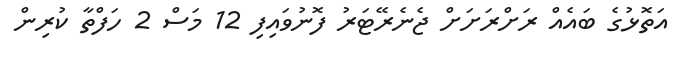
އަތޮޅުގެ ބައެއް ރަށްރަށަށް ޖެނެރޭޓަރު ފޮނުވައިފި 12 މަސް 2 ހަފްތާ ކުރިން